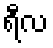
ရီလ